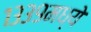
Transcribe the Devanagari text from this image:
१३३९मध्ये